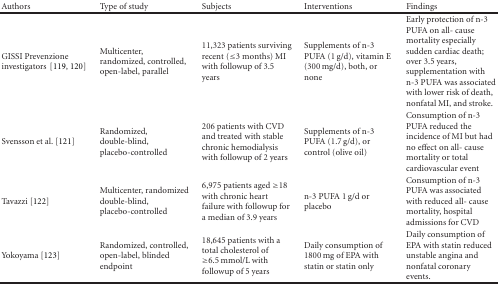
<table><thead><tr><td><b>Authors</b></td><td><b>Type of study</b></td><td><b>Subjects</b></td><td><b>Interventions</b></td><td><b>Findings</b></td></tr></thead><tbody><tr><td>GISSI Prevenzione investigators[119, 120]</td><td>Multicenter, randomized, controlled, open-label, parallel</td><td>11,323 patients surviving recent (≤3 months) MI with followup of 3.5 years</td><td>Supplements of n-3 PUFA (1 g/d), vitamin E (300 mg/d), both, or none</td><td>Early protection of n-3 PUFA on all- cause mortality especially sudden cardiac death; over 3.5 years, supplementation with n-3 PUFA was associated with lower risk of death, nonfatal MI, and stroke.</td></tr><tr><td>Svensson et al. [121]</td><td>Randomized, double-blind, placebo-controlled</td><td>206 patients with CVD and treated with stable chronic hemodialysis with followup of 2 years</td><td>Supplements of n-3 PUFA (1.7 g/d), or control (olive oil)</td><td>Consumption of n-3 PUFA reduced the incidence of MI but had no effect on all- cause mortality or total cardiovascular event</td></tr><tr><td>Tavazzi [122]</td><td>Multicenter, randomized double-blind, placebo-controlled</td><td>6,975 patients aged ≥18 with chronic heart failure with followup for a median of 3.9 years</td><td>n-3 PUFA 1 g/d or placebo</td><td>Consumption of n-3 PUFA was associated with reduced all- cause mortality, hospital admissions for CVD</td></tr><tr><td>Yokoyama [123]</td><td>Randomized, controlled, open-label, blinded endpoint</td><td>18,645 patients with a total cholesterol of ≥6.5 mmol/L with followup of 5 years</td><td>Daily consumption of 1800 mg of EPA with statin or statin only</td><td>Daily consumption of EPA with statin reduced unstable angina and nonfatal coronary events.</td></tr></tbody></table>